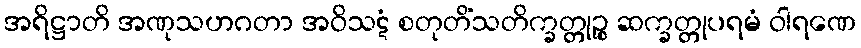
အရိဋ္ဌာတိ အဏုသဟဂတာ အဝိသဋံ စတုတိံသတိက္ခတ္တုဉ္စ ဆက္ခတ္တုပရမံ ဝါရဏေ